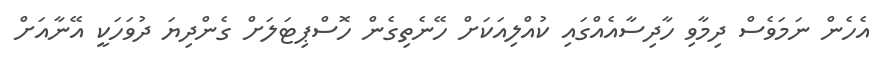
އެހެން ނަމަވެސް ދިމާވި ހާދިސާއެއްގައި ކުއްލިއަކަށް ހޭނެތިގެން ހޮސްޕިޓަލަށް ގެންދިޔަ ދުވަހަކީ އޭނާއަށް